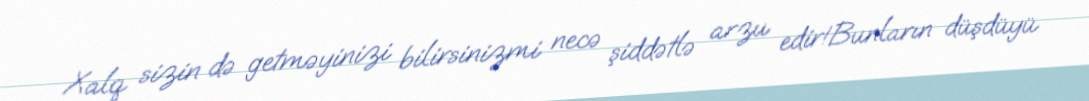
Xalq sizin də getməyinizi bilirsinizmi necə şiddətlə arzu edir!Bunların düşdüyü